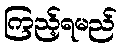
ကြည့်ရမည်